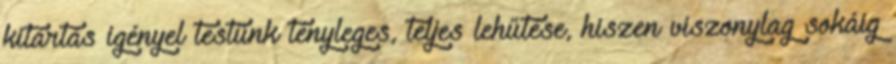
kitartás igényel testünk tényleges, teljes lehűtése, hiszen viszonylag sokáig